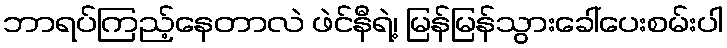
ဘာရပ်ကြည့်နေတာလဲ ဖဲင်နီရဲ့၊ မြန်မြန်သွားခေါ်ပေးစမ်းပါ